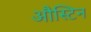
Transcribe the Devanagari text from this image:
औस्टिन